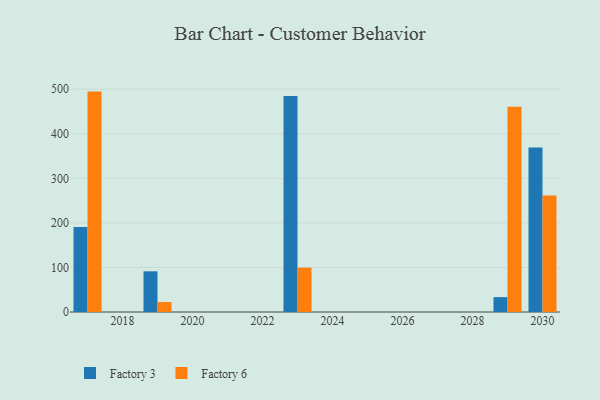
{"axis": {"x": "Year", "y": "Conversion Rate (%)"}, "legend": ["Factory 3", "Factory 6"], "data": [{"x": "2029", "y": 33.4, "type": "Factory 3"}, {"x": "2029", "y": 460.6, "type": "Factory 6"}, {"x": "2023", "y": 484.9, "type": "Factory 3"}, {"x": "2023", "y": 99.6, "type": "Factory 6"}, {"x": "2019", "y": 91.3, "type": "Factory 3"}, {"x": "2019", "y": 22.3, "type": "Factory 6"}, {"x": "2017", "y": 190.8, "type": "Factory 3"}, {"x": "2017", "y": 494.6, "type": "Factory 6"}, {"x": "2030", "y": 369.2, "type": "Factory 3"}, {"x": "2030", "y": 261.2, "type": "Factory 6"}]}